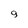
Character: 9